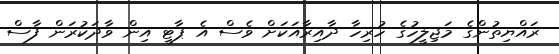
ރައްޔިތުންގެ މަޖިލީހުގެ ހުރިހާ ދާއިރާއަކަށް ވެސް އެ ޕާޓީ އިން ވާދަކުރަން ފާސް